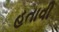
હતાવી